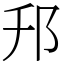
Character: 䢴